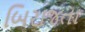
બિરાજતા